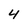
Character: 4